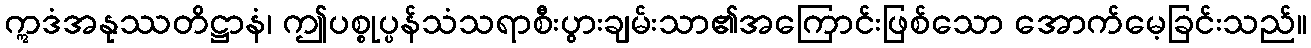
ဣဒံအနုဿတိဋ္ဌာနံ၊ ဤပစ္စုပ္ပန်သံသရာစီးပွားချမ်းသာ၏အကြောင်းဖြစ်သော အောက်မေ့ခြင်းသည်။